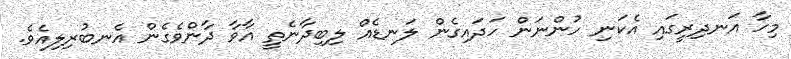
މިހާ އަނދިރީގައި އެކަނި ހުންނަން ހަދައިގެން ލަނޑެއް ލިބިދާނެތީ އާވާ ދާންވެގެން އެނބުރިލިއެވެ.